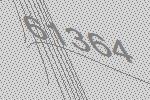
61364